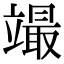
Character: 𥪳